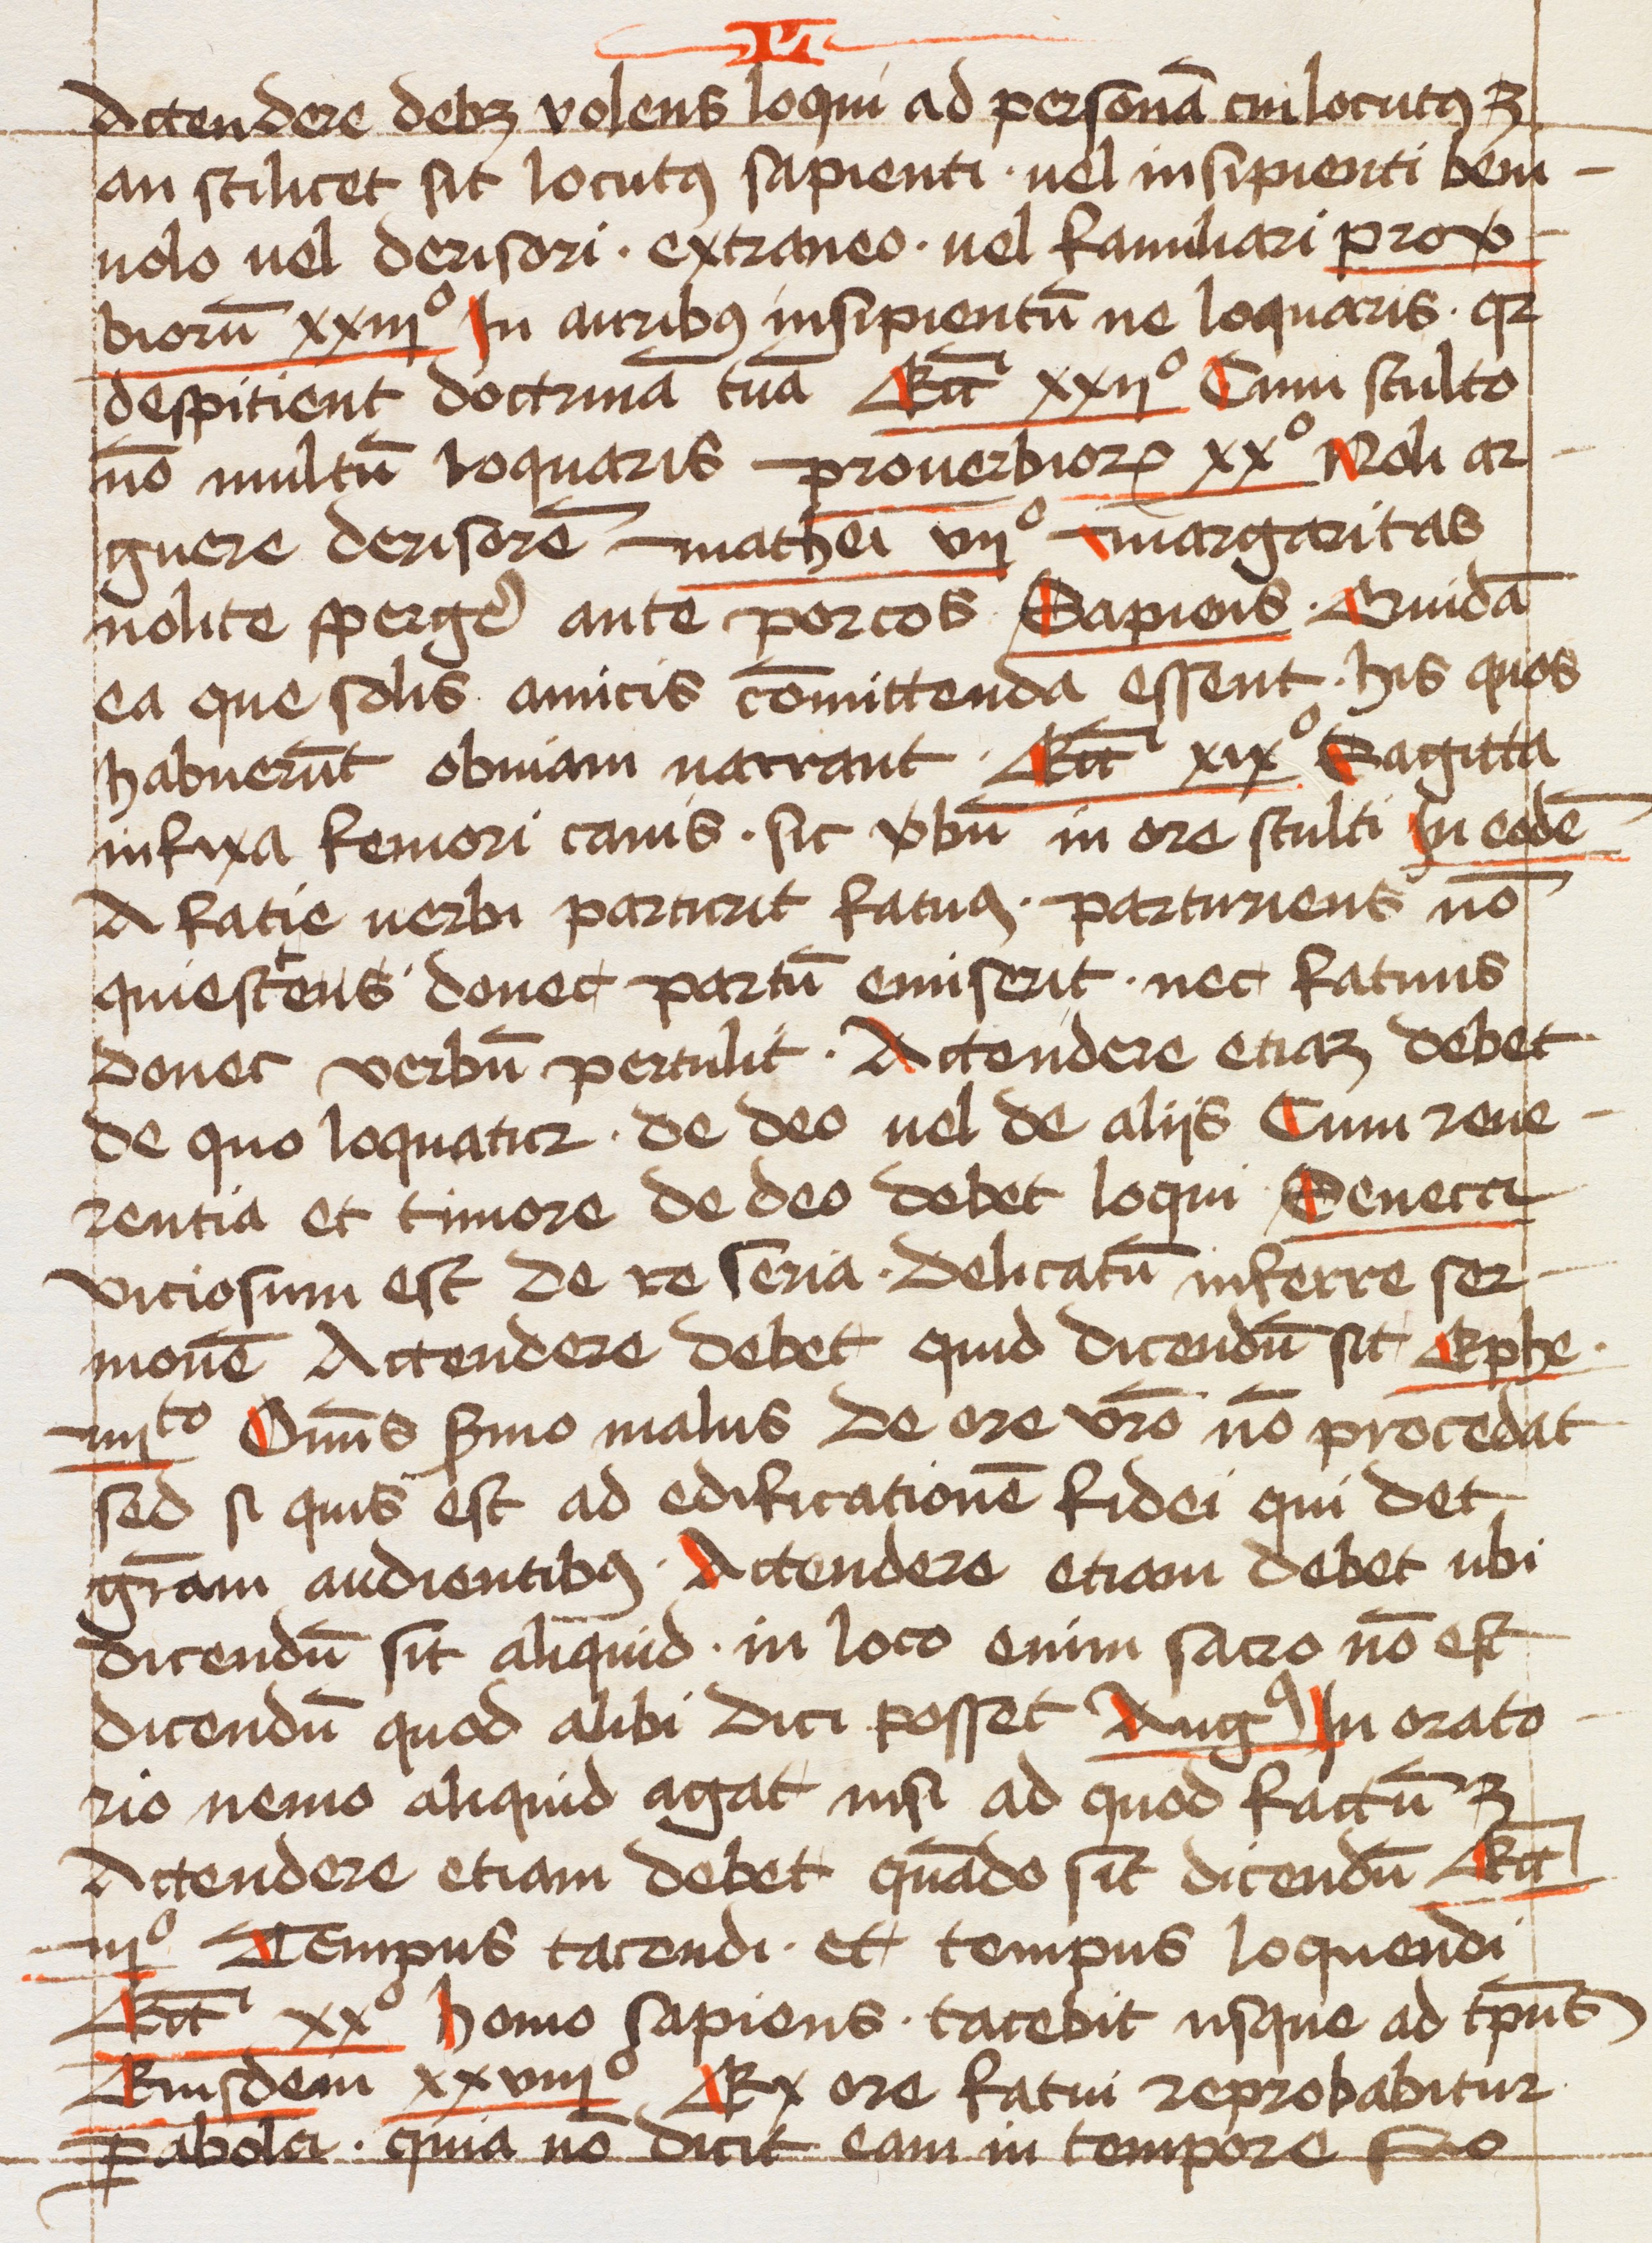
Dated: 1463–1463